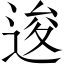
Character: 逡